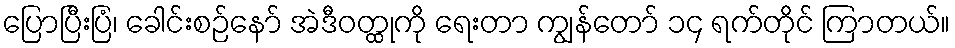
ပြောပြီးပြံ၊ ခေါင်းစဉ်နော် အဲဒီဝတ္ထုကို ရေးတာ ကျွန်တော် ၁၄ ရက်တိုင် ကြာတယ်။